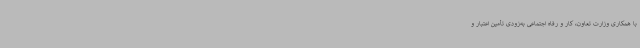
با همکاری وزارت تعاون، کار و رفاه اجتماعی به‌زودی تأمین اعتبار و